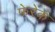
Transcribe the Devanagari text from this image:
फेरेंक